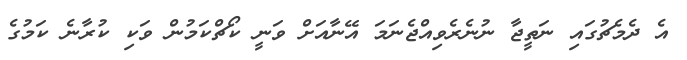
އެ ދެމެޗުގައި ނަތީޖާ ނުނެރެވިއްޖެނަމަ އޭނާއަށް ވަނީ ކޯޗްކަމުން ވަކި ކުރާނެ ކަމުގެ